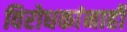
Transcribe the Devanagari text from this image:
विरोधकांनाही